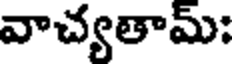
వాచ్యతామ్: